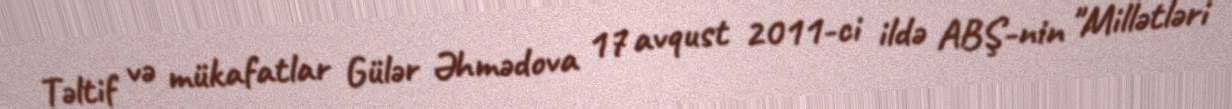
Təltif və mükafatlar Gülər Əhmədova 17 avqust 2011-ci ildə ABŞ-nin "Millətləri